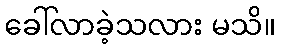
ခေါ်လာခဲ့သလား မသိ။